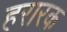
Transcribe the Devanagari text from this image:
हरारक